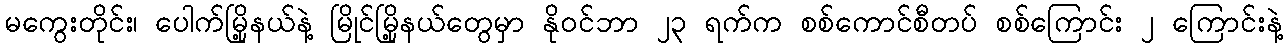
မကွေးတိုင်း၊ ပေါက်မြို့နယ်နဲ့ မြိုင်မြို့နယ်တွေမှာ နိုဝင်ဘာ ၂၃ ရက်က စစ်ကောင်စီတပ် စစ်ကြောင်း ၂ ကြောင်းနဲ့